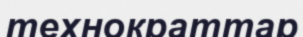
технократтар